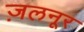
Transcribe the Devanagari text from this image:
ज़लनूर